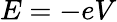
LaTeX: E=-eV